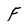
Character: F